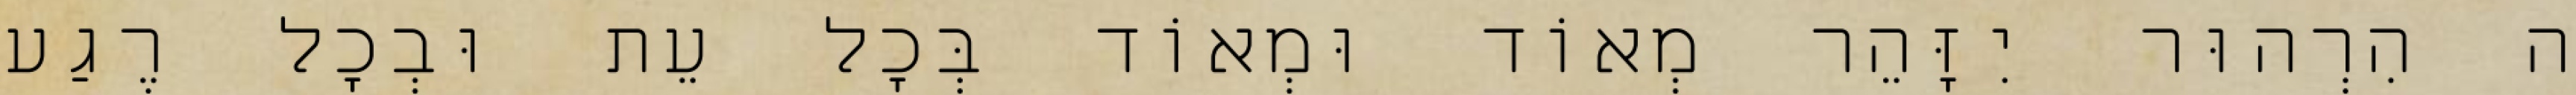
ה הִרְהוּר יִזָּהֵר מְאוֹד וּמְאוֹד בְּכׇל עֵת וּבְכׇל רֶגַע